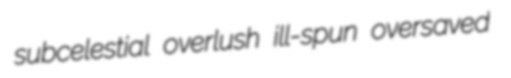
subcelestial overlush ill-spun oversaved